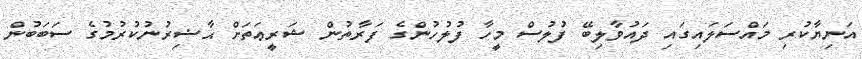
އަނިޔާކުރި މައްސަލައިގައި ދައުވާލިބޭ ފުލުސް މީހާ ފުލުހުންގެ ފަރާތުން ޝަރީޢަތަށް ޙާޟިރުނުކުރުމުގެ ސަބަބުން